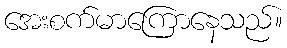
အေးစက်မာကြောနေသည်။